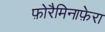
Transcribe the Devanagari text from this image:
फ़ोरैमिनाफ़ेरा